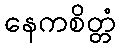
နေကစိတ္တံ